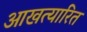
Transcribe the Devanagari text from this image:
आखत्यारित